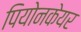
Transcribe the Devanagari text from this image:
पियोनकेयर